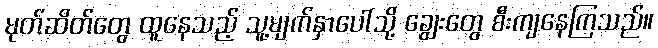
မုတ်ဆိတ်တွေ ထူနေသည့် သူ့မျက်နှာပေါ်သို့ ချွေးတွေ စီးကျနေကြသည်။